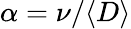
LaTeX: \alpha=\nu/\langle D\rangle